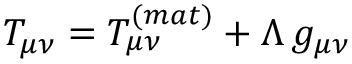
T _ { \mu \nu } = T _ { \mu \nu } ^ { ( m a t ) } + \Lambda \, g _ { \mu \nu }